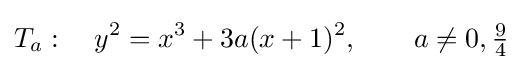
T_{a}:\quad y^{2}=x^{3}+3a(x+1)^{2},\qquad a\neq 0,{\tfrac {9}{4}}